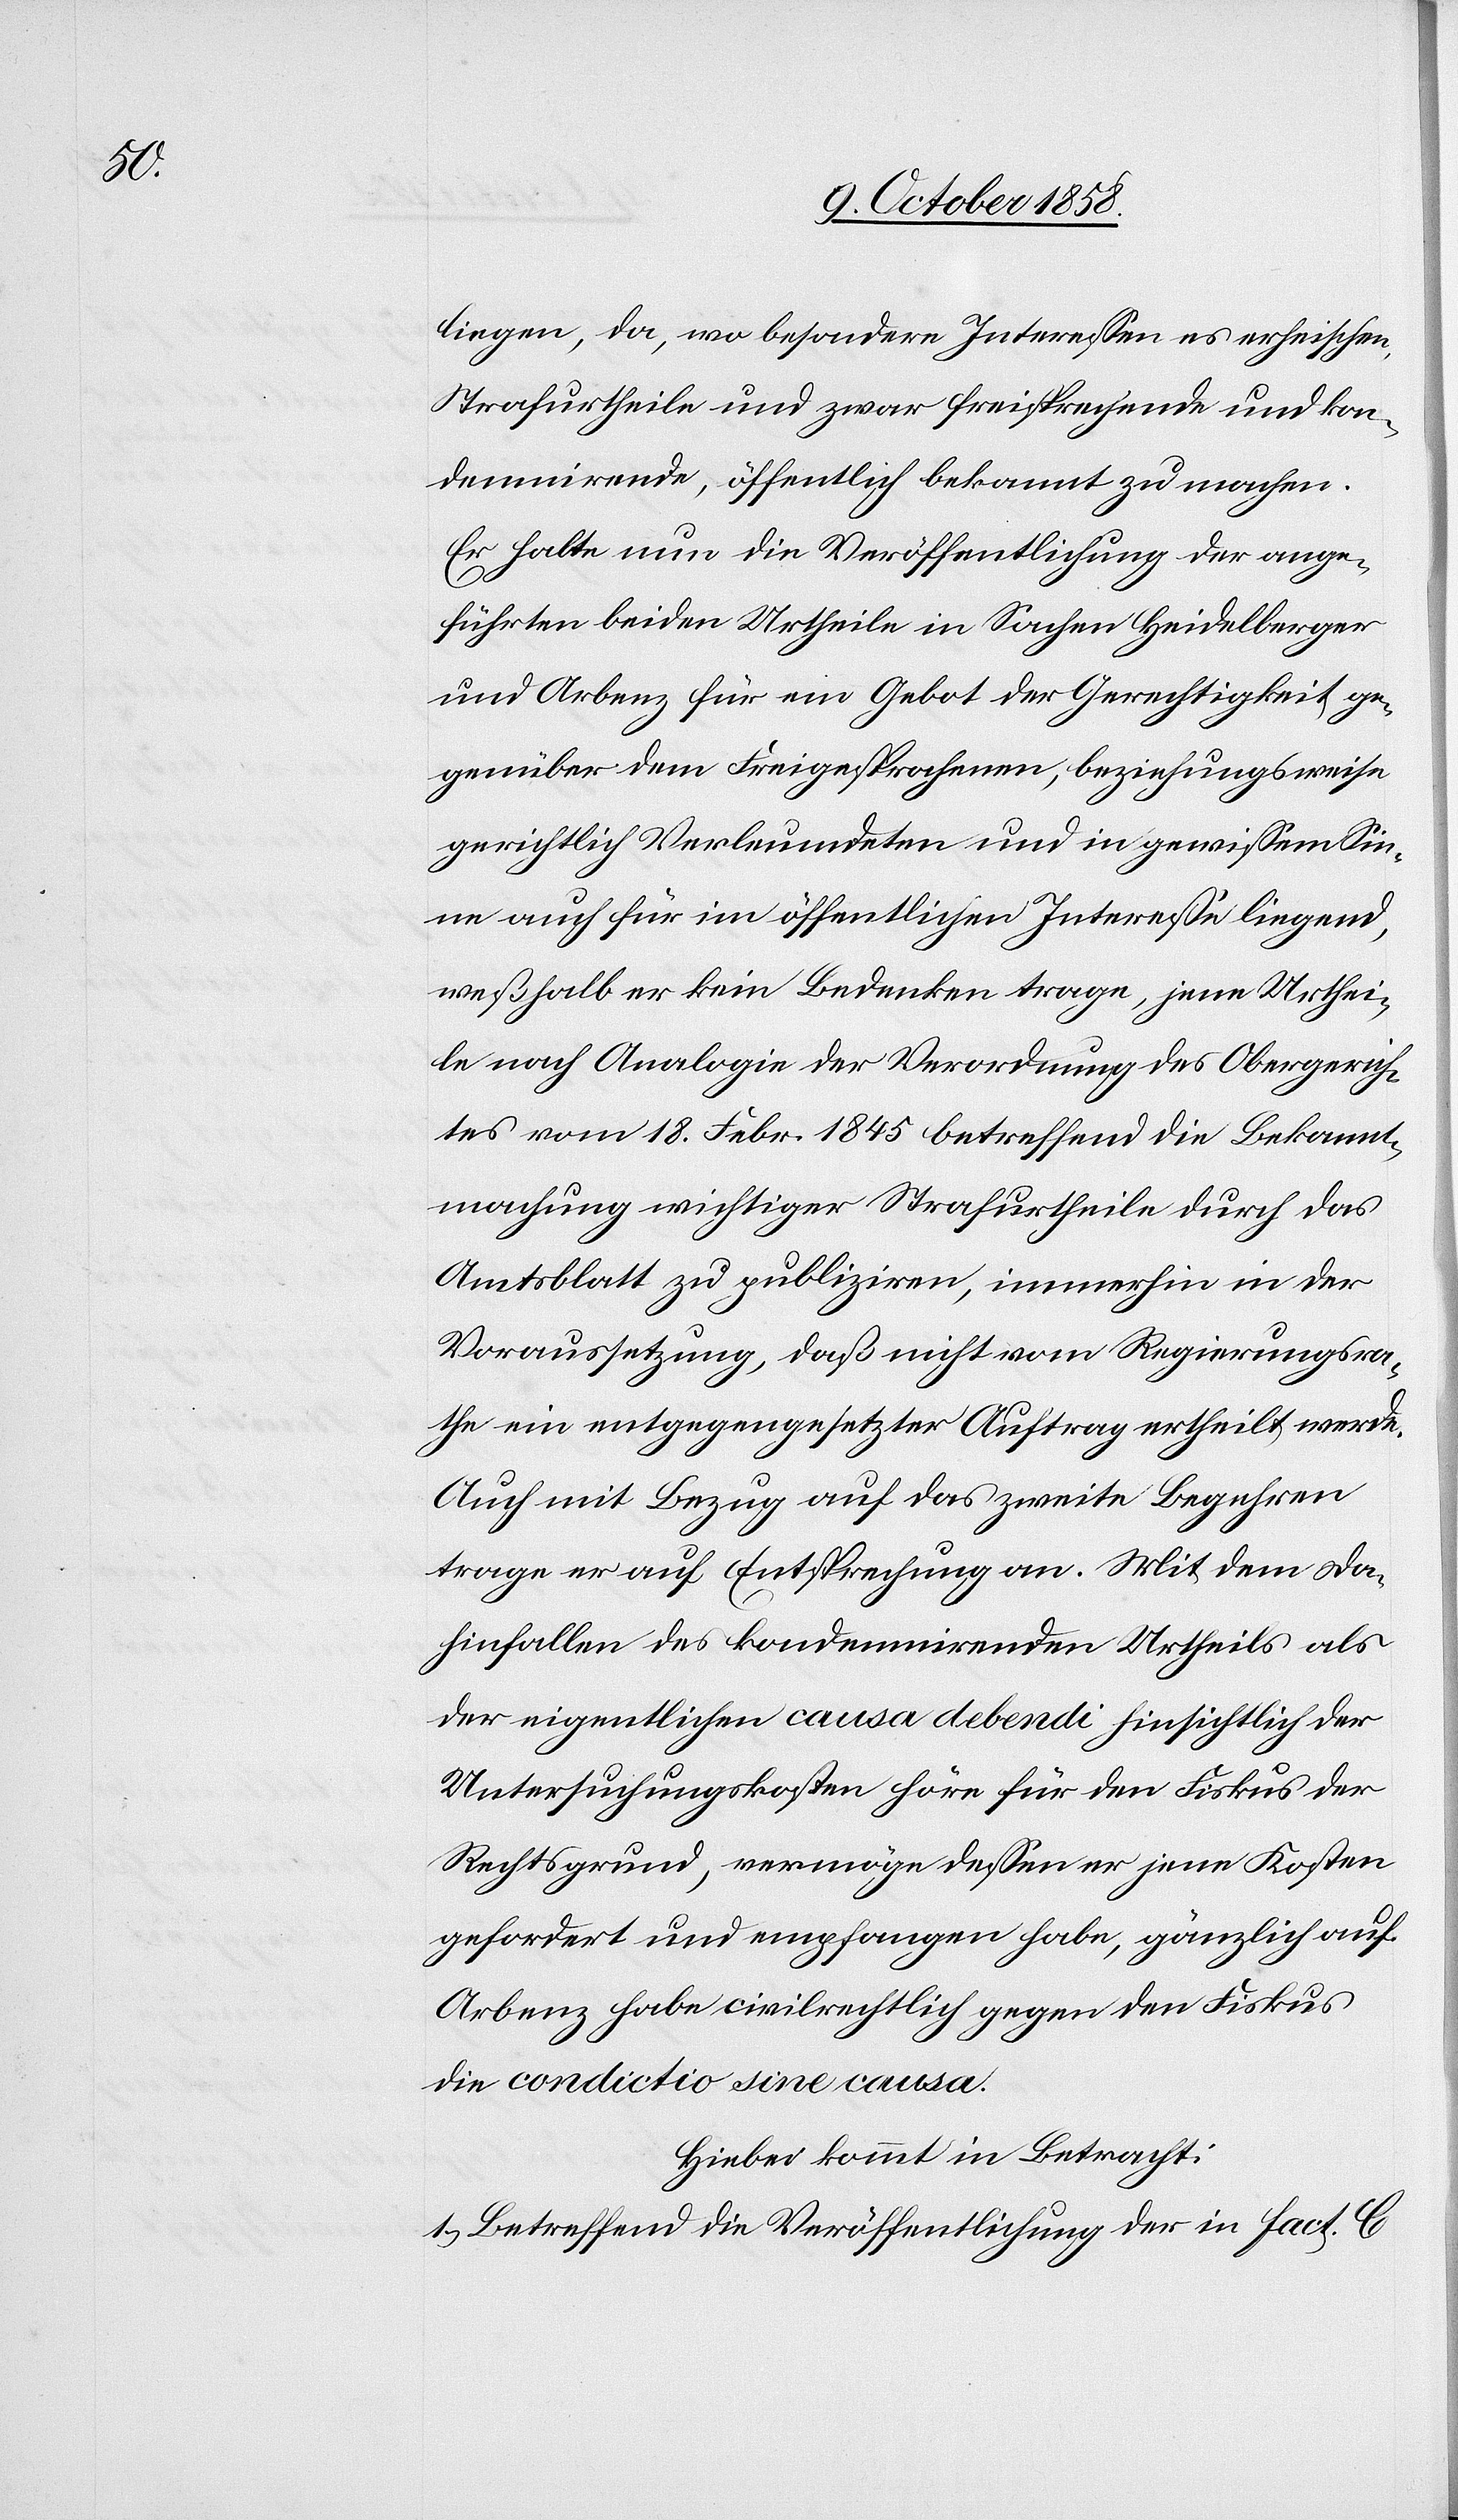
liegen, da, wo besondere Interessen es erheischen,
Strafurtheile und zwar freisprechende und kon¬
demnirende, öffentlich bekannt zu machen.
Er halte nun die Veröffentlichung der ange¬
führten beiden Urtheile in Sachen Heidelberger
und Arbenz für ein Gebot der Gerechtigkeit ge¬
genüber dem Freigesprochenen, beziehungsweise
gerichtlich Verleumdeten und in gewissem Sin¬
ne auch für im öffentlichen Interesse liegend,
weßhalb er kein Bedenken trage, jene Urthei¬
le nach Analogie der Verordnung des Obergerich¬
tes vom 18. Febr. 1845 betreffend die Bekannt¬
machung wichtiger Strafurtheile durch das
Amtsblatt zu publiziren, immerhin in der
Voraussetzung, daß nicht vom Regierungsra¬
the ein entgegengesetzter Auftrag ertheilt werde.
Auch mit Bezug auf das zweite Begehren
trage er auf Entsprechung an. Mit dem Da¬
hinfallen des kondemnirenden Urtheils als
der eigentlichen causa debendi hinsichtlich der
Untersuchungskosten höre für den Fiskus der
Rechtsgrund, vermöge dessen er jene Kosten
gefordert und empfangen habe, gänzlich auf.
Arbenz habe civilrechtlich gegen den Fiskus
die condictio sine causa.
Hiebei kommt in Betracht:
1.) Betreffend die Veröffentlichung der in Fact. C